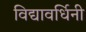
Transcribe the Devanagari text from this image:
विद्यावर्धिनी